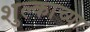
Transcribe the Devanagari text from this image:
शुल्काच्या